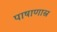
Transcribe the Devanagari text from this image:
पाषाणास्र